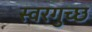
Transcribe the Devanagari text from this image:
स्वरगुच्छ